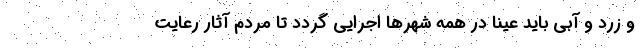
و زرد و آبی باید عینا در همه شهرها اجرایی گردد تا مردم آثار رعایت